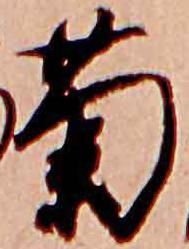
菊